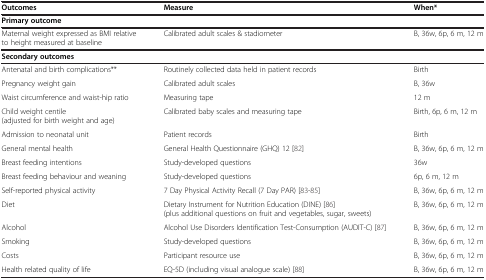
<table><thead><tr><td><b>Outcomes</b></td><td><b>Measure</b></td><td><b>When*</b></td></tr></thead><tbody><tr><td><b>Primary outcome</b></td><td> </td><td> </td></tr><tr><td>Maternal weight expressed as BMI relative to height measured at baseline</td><td>Calibrated adult scales &amp; stadiometer</td><td>B, 36w, 6p, 6 m, 12 m</td></tr><tr><td colspan="3"><b>Secondary outcomes</b></td></tr><tr><td>Antenatal and birth complications**</td><td>Routinely collected data held in patient records</td><td>Birth</td></tr><tr><td>Pregnancy weight gain</td><td>Calibrated adult scales</td><td>B, 36w</td></tr><tr><td>Waist circumference and waist-hip ratio</td><td>Measuring tape</td><td>12 m</td></tr><tr><td>Child weight centile (adjusted for birth weight and age)</td><td>Calibrated baby scales and measuring tape</td><td>Birth, 6p, 6 m, 12 m</td></tr><tr><td>Admission to neonatal unit</td><td>Patient records</td><td>Birth</td></tr><tr><td>General mental health</td><td>General Health Questionnaire (GHQ) 12 [82]</td><td>B, 36w, 6p, 6 m, 12 m</td></tr><tr><td>Breast feeding intentions</td><td>Study-developed questions</td><td>36w</td></tr><tr><td>Breast feeding behaviour and weaning</td><td>Study-developed questions</td><td>6p, 6 m, 12 m</td></tr><tr><td>Self-reported physical activity</td><td>7 Day Physical Activity Recall (7 Day PAR) [83-85]</td><td>B, 36w, 6p, 6 m, 12 m</td></tr><tr><td>Diet</td><td>Dietary Instrument for Nutrition Education (DINE) [86] (plus additional questions on fruit and vegetables, sugar, sweets)</td><td>B, 36w, 6p, 6 m, 12 m</td></tr><tr><td>Alcohol</td><td>Alcohol Use Disorders Identification Test-Consumption (AUDIT-C) [87]</td><td>B, 36w, 6p, 6 m, 12 m</td></tr><tr><td>Smoking</td><td>Study-developed questions</td><td>B, 36w, 6p, 6 m, 12 m</td></tr><tr><td>Costs</td><td>Participant resource use</td><td>B, 36w, 6p, 6 m, 12 m</td></tr><tr><td>Health related quality of life</td><td>EQ-5D (including visual analogue scale) [88]</td><td>B, 36w, 6p, 6 m, 12 m</td></tr></tbody></table>